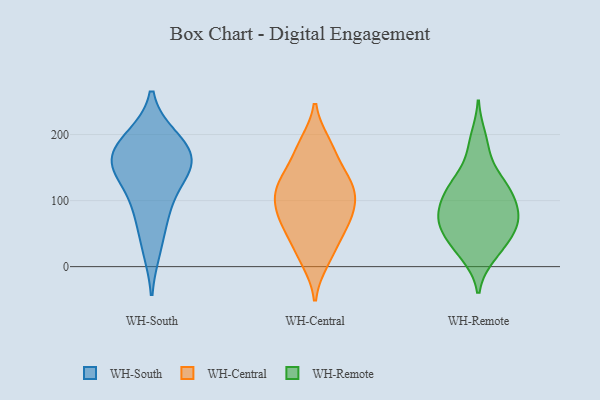
{"axis": {"x": "Net Income (USD K)", "y": "Value"}, "legend": ["WH-Central", "WH-Remote", "WH-South"], "data": [{"x": "", "y": 150, "type": "WH-South"}, {"x": "", "y": 174, "type": "WH-South"}, {"x": "", "y": 150, "type": "WH-South"}, {"x": "", "y": 144, "type": "WH-South"}, {"x": "", "y": 78, "type": "WH-South"}, {"x": "", "y": 191, "type": "WH-South"}, {"x": "", "y": 96, "type": "WH-South"}, {"x": "", "y": 194, "type": "WH-South"}, {"x": "", "y": 159, "type": "WH-South"}, {"x": "", "y": 28, "type": "WH-South"}, {"x": "", "y": 185, "type": "WH-Central"}, {"x": "", "y": 112, "type": "WH-Central"}, {"x": "", "y": 117, "type": "WH-Central"}, {"x": "", "y": 131, "type": "WH-Central"}, {"x": "", "y": 71, "type": "WH-Central"}, {"x": "", "y": 96, "type": "WH-Central"}, {"x": "", "y": 63, "type": "WH-Central"}, {"x": "", "y": 30, "type": "WH-Central"}, {"x": "", "y": 131, "type": "WH-Central"}, {"x": "", "y": 175, "type": "WH-Central"}, {"x": "", "y": 73, "type": "WH-Central"}, {"x": "", "y": 10, "type": "WH-Central"}, {"x": "", "y": 118, "type": "WH-Remote"}, {"x": "", "y": 52, "type": "WH-Remote"}, {"x": "", "y": 18, "type": "WH-Remote"}, {"x": "", "y": 120, "type": "WH-Remote"}, {"x": "", "y": 110, "type": "WH-Remote"}, {"x": "", "y": 39, "type": "WH-Remote"}, {"x": "", "y": 88, "type": "WH-Remote"}, {"x": "", "y": 175, "type": "WH-Remote"}, {"x": "", "y": 95, "type": "WH-Remote"}, {"x": "", "y": 39, "type": "WH-Remote"}, {"x": "", "y": 80, "type": "WH-Remote"}, {"x": "", "y": 130, "type": "WH-Remote"}, {"x": "", "y": 63, "type": "WH-Remote"}, {"x": "", "y": 131, "type": "WH-Remote"}, {"x": "", "y": 17, "type": "WH-Remote"}, {"x": "", "y": 72, "type": "WH-Remote"}, {"x": "", "y": 72, "type": "WH-Remote"}, {"x": "", "y": 68, "type": "WH-Remote"}, {"x": "", "y": 195, "type": "WH-Remote"}]}